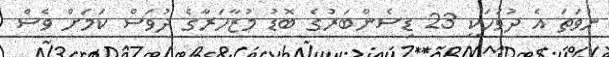
ނުވަތަ އެ ދުވަހަކީ 23 ޑިސެންބަރުގެ ބޮޑު މުޒާހަރާގެ ދުވަސް ކަމަށް ވެސް